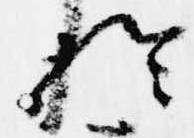
於